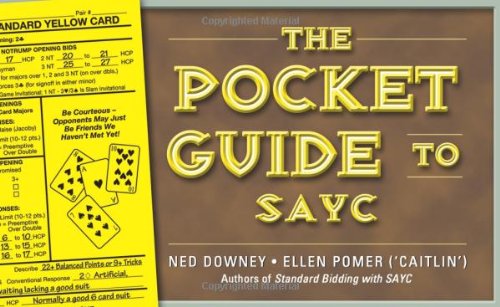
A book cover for The Pocket Guide to Sayc; Ned Downey; Humor & Entertainment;